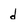
Character: d